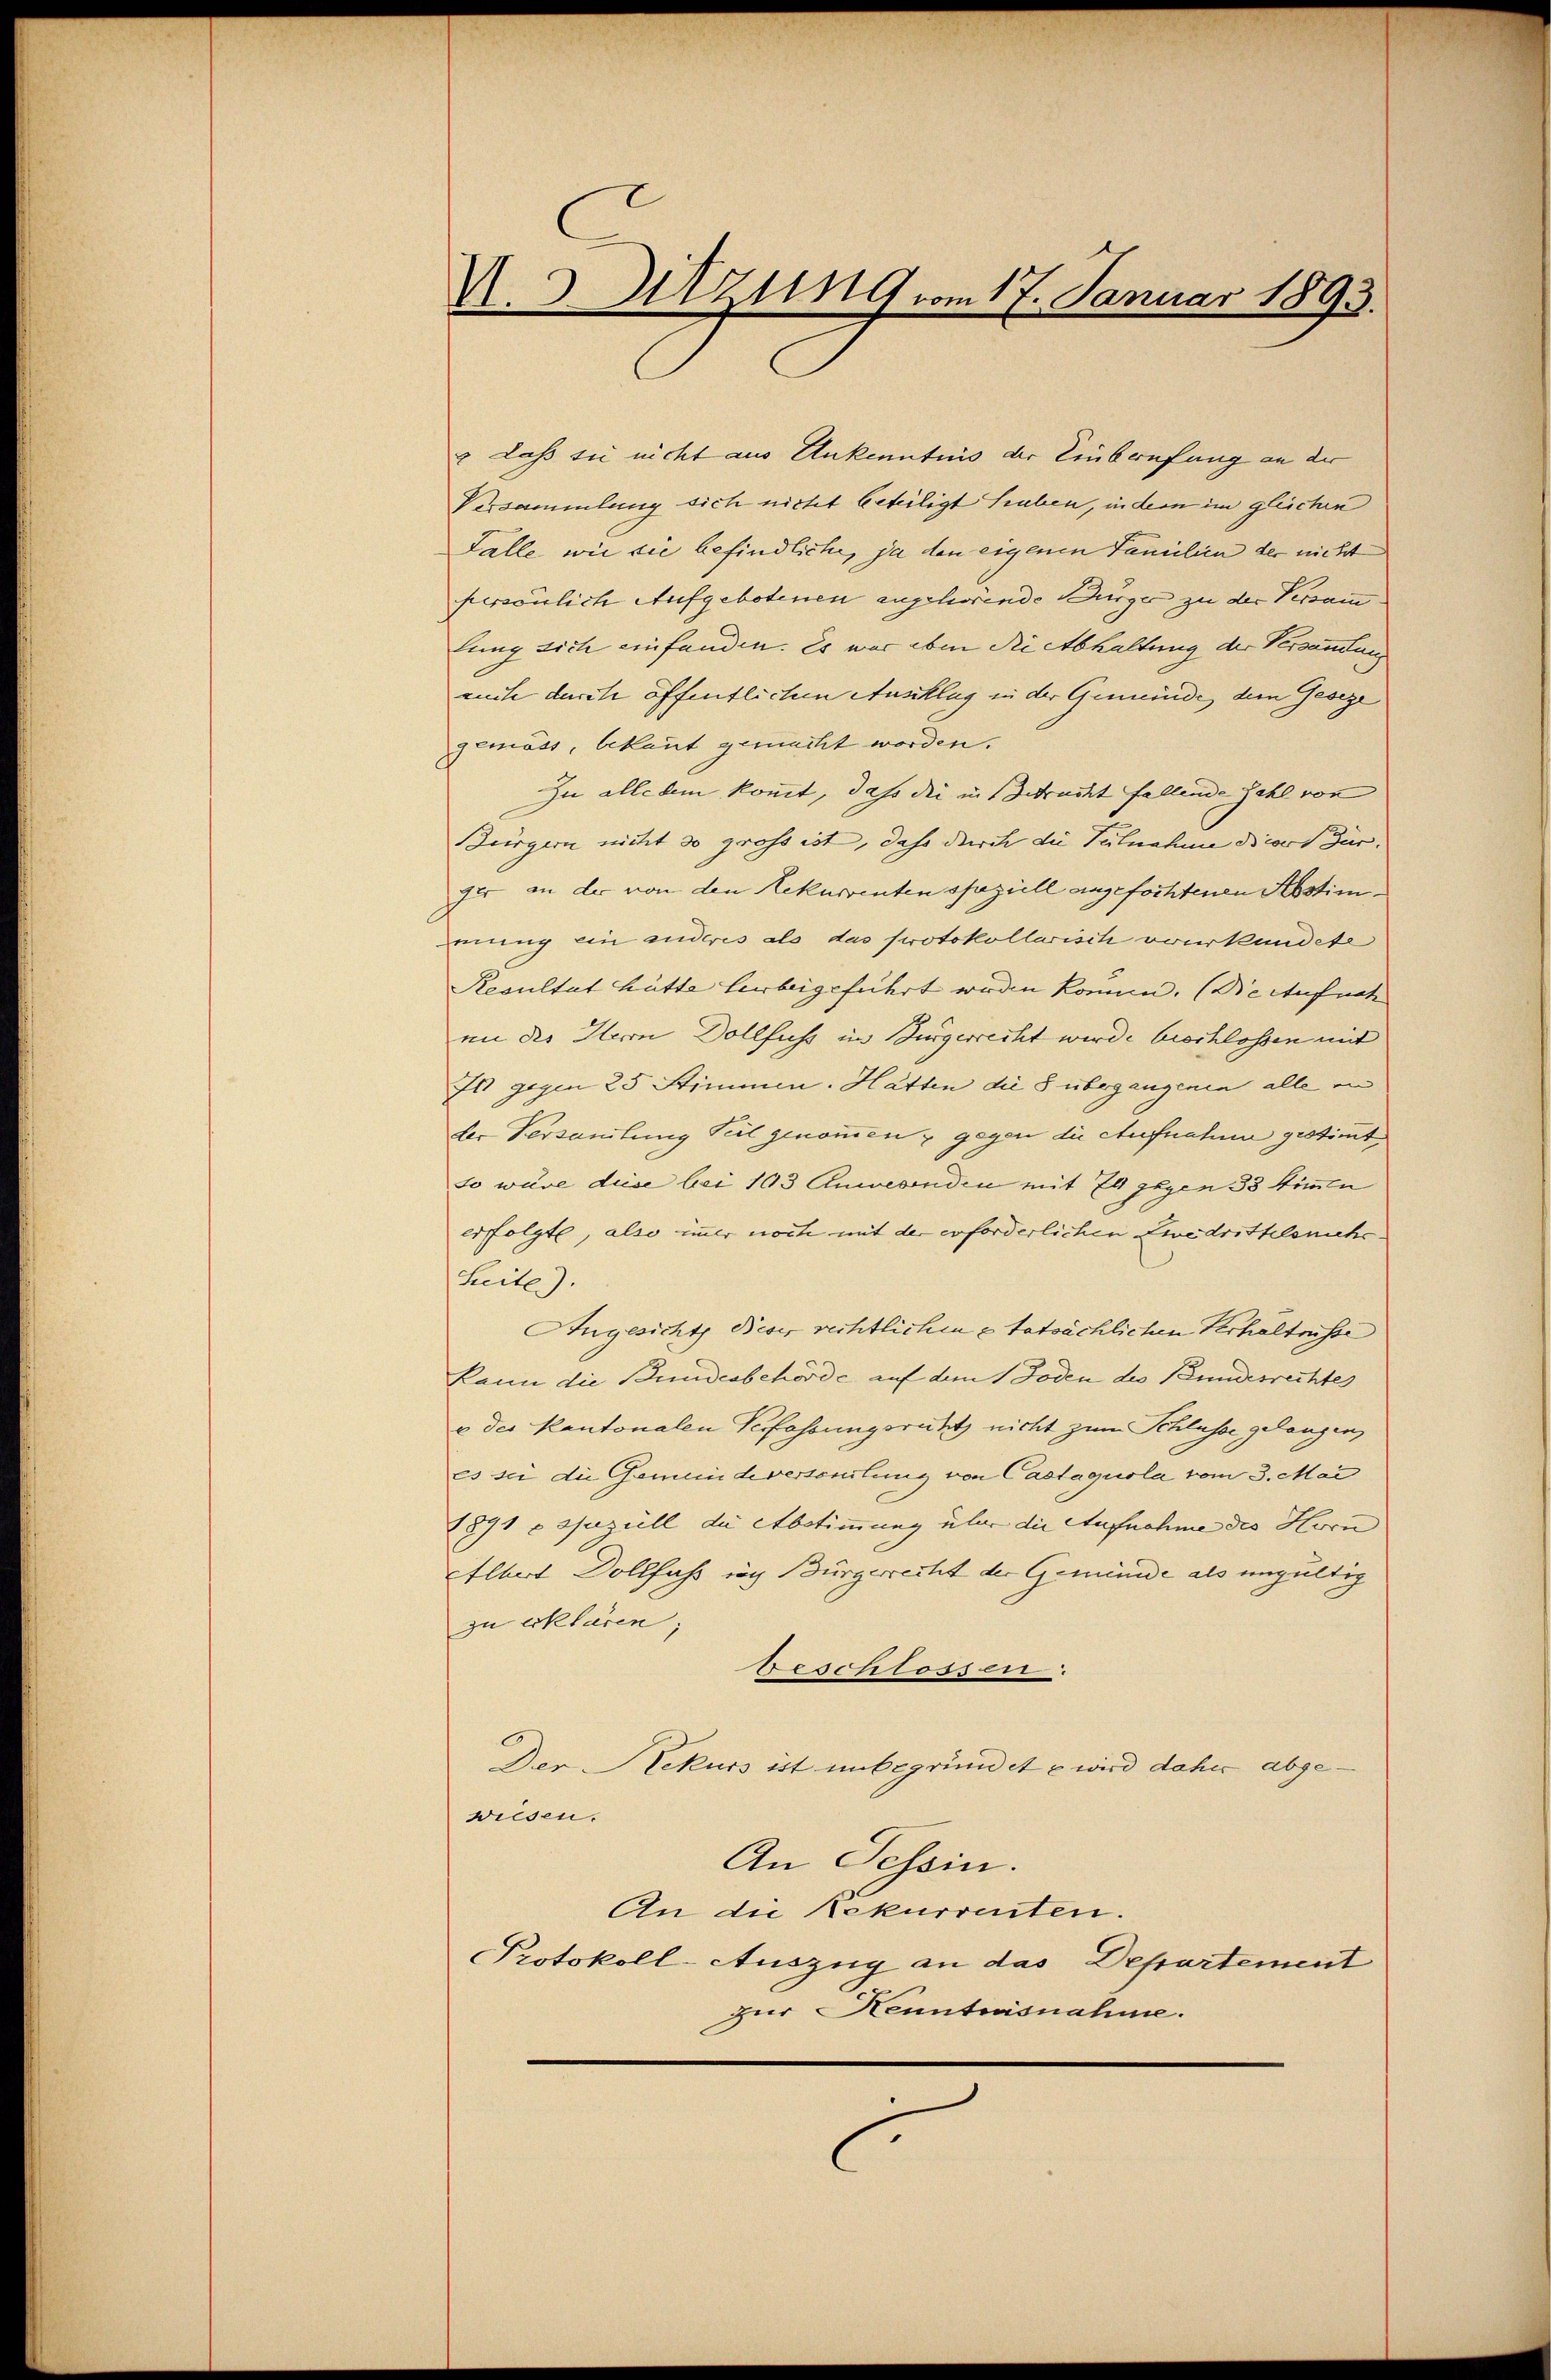
U. 3. Sitzung vom 17. Januar 1893.

Lass sie nicht aus Ankenntnis der Einberufung an der
Versammlung sich nicht beteiligt haben, in dem im gleichen
Falle wie sie befindliche, ja den eigenen Familien der nicht
peravirlich Aufgebotenen angehörende Bürger zu der Versamm
lung sich einfanden. Es war eben die Abhaltung der Versammlung
euche durch öffentlichen Ausschlug in der Gemeinde, dem Geseze
gemäss, bekannt gemacht worden.
Zu alledem kommt, dass die in Betracht fallende Zahl von
Bürgern nicht so gross ist, dass durch die Tulnahme diciores Jur.
fer in der von den Rekurrenten speziell angefochtenen Abstim
mung ein anderes als das protokollarisch vorkundete
Resultat hütte herbeigeführt werden können. (Die Aufnah
an der Herrn Dollfuss im Bürgerrecht wurde beschlossen mit
Ist gegen 25 Stimmen. Hätten die 5 übergangenen alle ein
der Versamlung Teil genommen & gegen die Aufnahme gestimmt
so wäre diese bei 103 Anwesenden mit 24 gegen 33 Stimmen
erfolgte, also immer noch mit der erforderlichen Zwidrittelanche
Leite).
Angesichts Beser rechtlichen Etatsächlichen Erhaltnisse
kann die Bundesbehörde auf dem 1 Toden des Bundesrechtes
u der Kantonalen Verfassungsruht nicht zum Schlusse gelangen,
es sei die Gemeindeversenitung von Castaguola vom 3. Mai
1891 c auzuell die Abstimmung über die Aufnahme des Horn
Albert Dollfuss nach Bürgerrecht der Gemünde als ungültig
zu erklären;
beschlossen.
Der Rekurs ist unbegründete wird daher abgeweisen.
An Tessin.
An die Rekurrenten.
Protokoll-Auszug an das Departement
zur Kenntnisnahme.
C